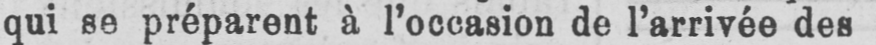
qui se préparent à l’occasion de l’arrivée des